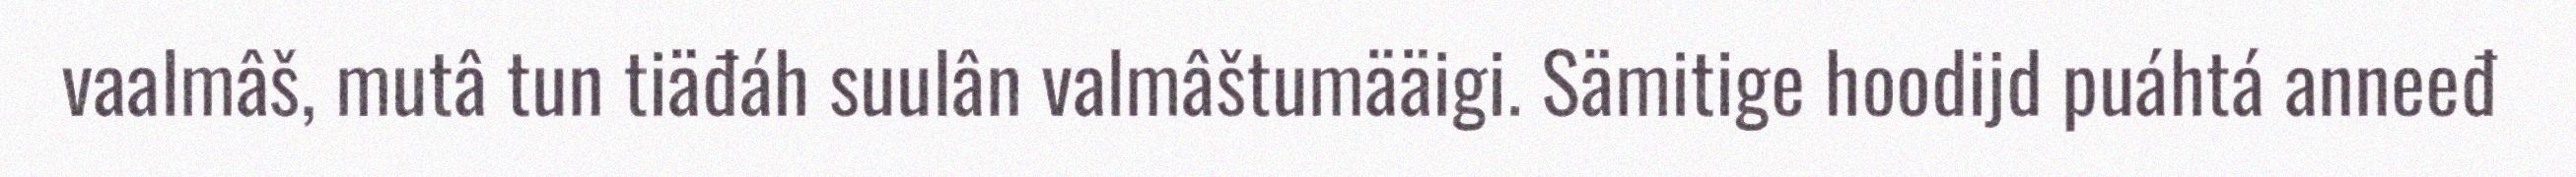
vaalmâš, mutâ tun tiäđáh suulân valmâštumääigi. Sämitige hoodijd puáhtá anneeđ